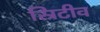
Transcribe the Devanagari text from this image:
स्रिटीव